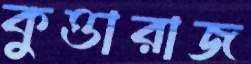
কুত্তারাজ